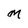
Character: M